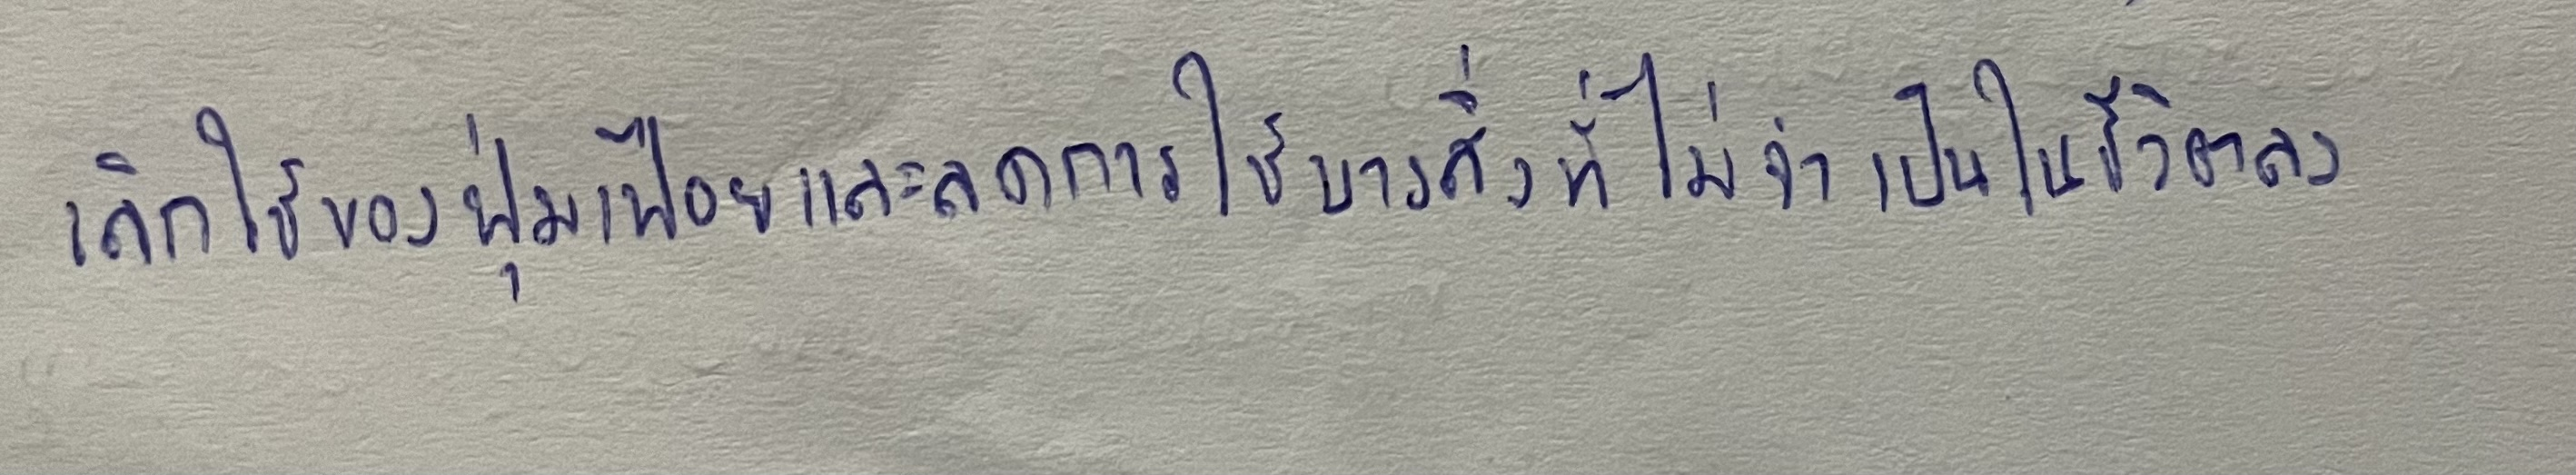
เลิกใช้ของฟุ่มเฟือยและลดการใช้บางสิ่งที่ไม่จำเป็นในชีวิตลง